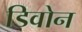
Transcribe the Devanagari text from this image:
डिवोन